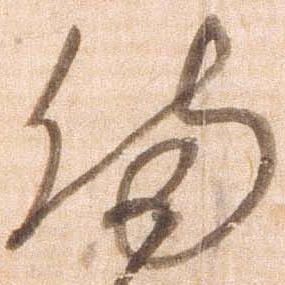
備